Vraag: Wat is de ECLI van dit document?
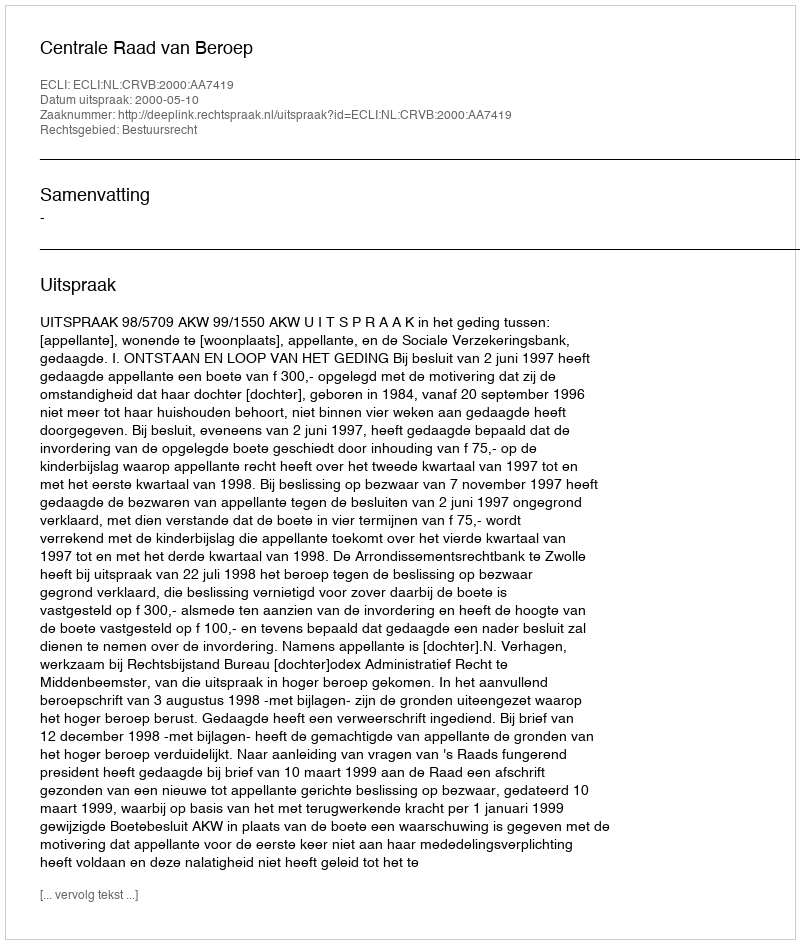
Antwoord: ECLI:NL:CRVB:2000:AA7419